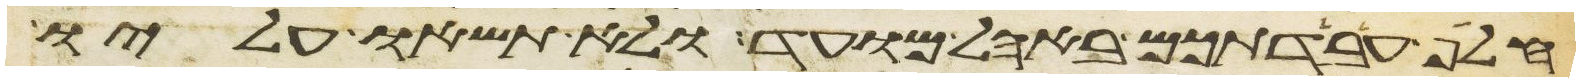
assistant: חלף עבדתכם באהל מועד ולא תשאו עליו